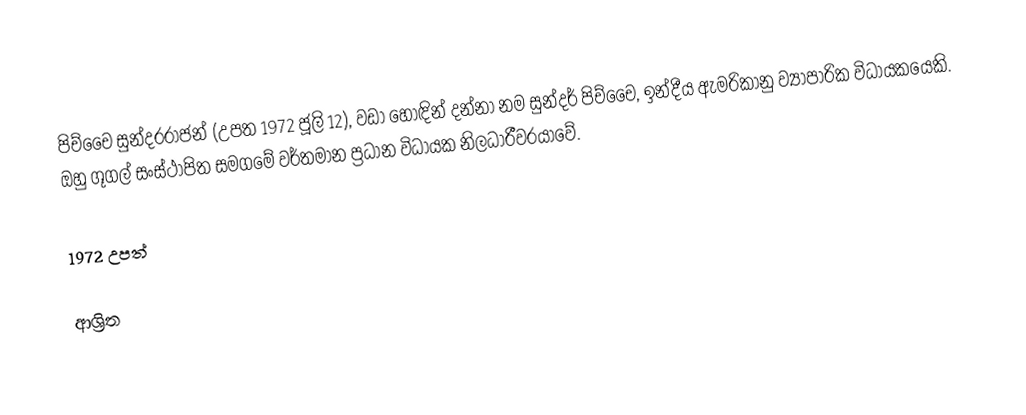
පිච්චෛ සුන්දරරාජන් (උපත 1972 ජූලි 12), වඩා හොඳින් දන්නා නම සුන්දර් පිච්චෛ, ඉන්දීය ඇමරිකානු ව්‍යාපාරික විධායකයෙකි. ඔහු ගූගල් සංස්ථාපිත සමගමේ වර්තමාන ප්‍රධාන විධායක නිලධාරීවරයාවේ.

1972 උපත්

ආශ්‍රිත